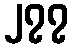
၂၇၇